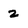
Character: 2